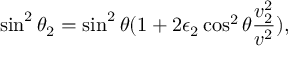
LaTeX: \sin ^ { 2 } \theta _ { 2 } = \sin ^ { 2 } \theta ( 1 + 2 \epsilon _ { 2 } \cos ^ { 2 } \theta { \frac { v _ { 2 } ^ { 2 } } { v ^ { 2 } } } ) ,